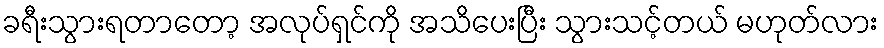
ခရီးသွားရတာတော့ အလုပ်ရှင်ကို အသိပေးပြီး သွားသင့်တယ် မဟုတ်လား